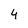
Character: 4